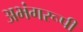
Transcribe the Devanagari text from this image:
अभंगरूपी